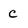
Character: c